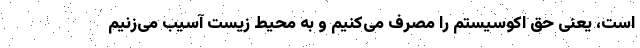
است، یعنی حق اکوسیستم را مصرف می‌کنیم و به محیط زیست آسیب می‌زنیم